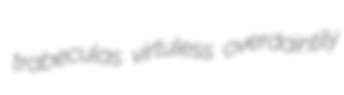
trabeculas virtuless overdaintily